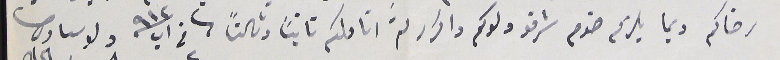
رضاكم وبما يلزم خدم شرفو ولدكم واكرار لثم اناملكم ثانياً وثالثاً  فى ٢ اب ٩١٢                                                                   ولد سىادكم